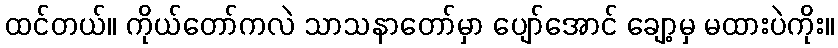
ထင်တယ်။ ကိုယ်တော်ကလဲ သာသနာတော်မှာ ပျော်အောင် ချော့မှ မထားပဲကိုး။